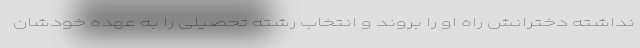
نداشته دخترانش راه او را بروند و انتخاب رشته تحصیلی را به عهده خودشان